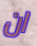
ان